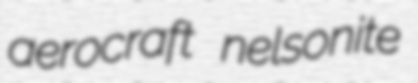
aerocraft nelsonite